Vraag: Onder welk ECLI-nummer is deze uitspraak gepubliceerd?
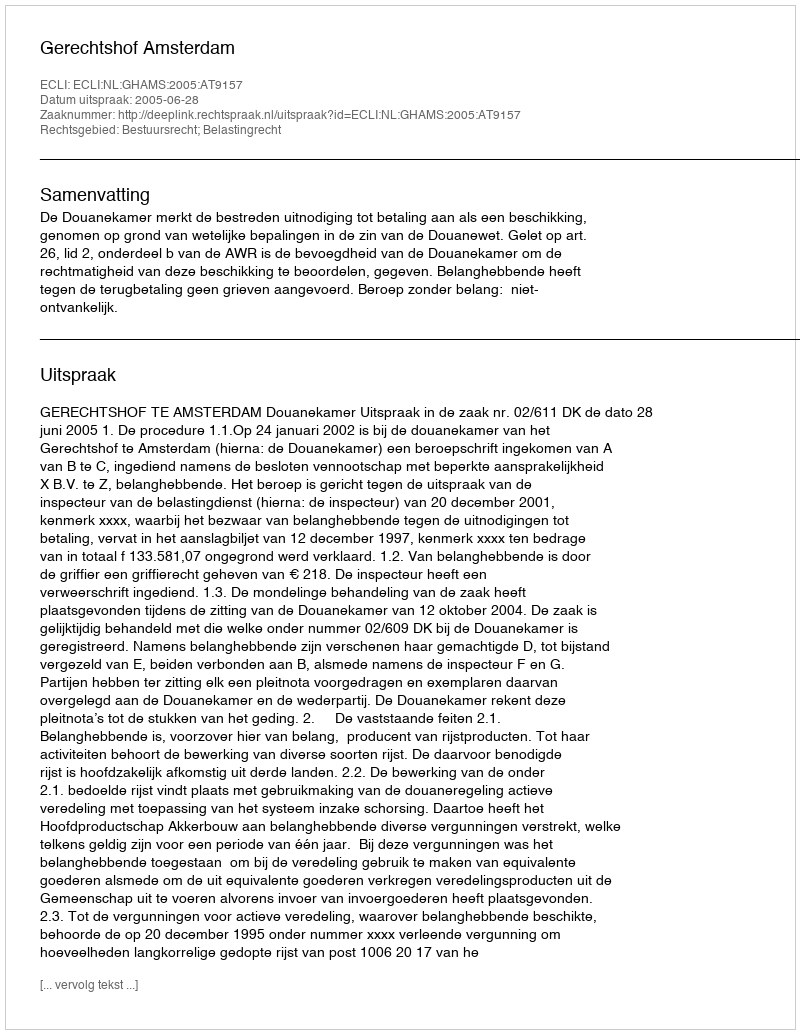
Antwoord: ECLI:NL:GHAMS:2005:AT9157